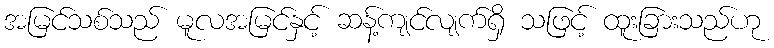
အမြင်သစ်သည် မူလအမြင်နှင့် ဆန့်ကျင်လျက်ရှိ သဖြင့် ထူးခြားသည်ဟု